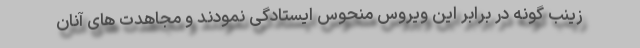
زینب گونه در برابر این ویروس منحوس ایستادگی نمودند و مجاهدت های آنان